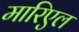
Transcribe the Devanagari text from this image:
मारिएल